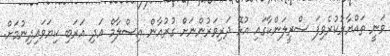
ވަނީ ތައްޔާރުކުރެވިފަ ސްރީލަންކާގައި އުޅޭ ދަރިވަރުންނަށް ގުރުއާން އިސްލާމް އަދި އަރަބި ކިޔަވައިދިނުމަށް.